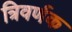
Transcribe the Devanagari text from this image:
त्रिवर्णक